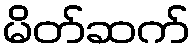
မိတ်ဆက်